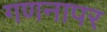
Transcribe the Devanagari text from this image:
गणनापर